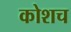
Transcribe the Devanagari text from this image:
कोशच